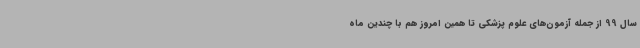
سال 99 از جمله آزمون‌های علوم پزشکی تا همین امروز هم با چندین ماه